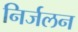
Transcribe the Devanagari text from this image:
निर्जलन